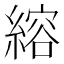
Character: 𫃻